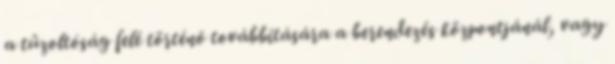
a tûzoltóság felé történõ továbbítására a berendezés központjánál, vagy